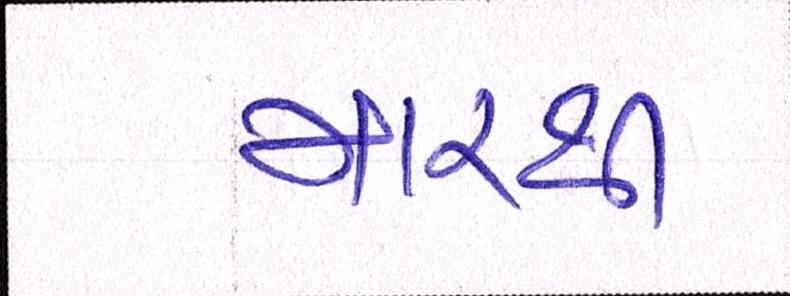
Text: મારથી